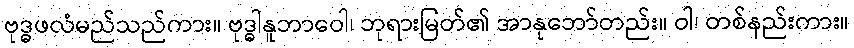
ဗုဒ္ဓဖလံမည်သည်ကား။ ဗုဒ္ဓါနူဘာဝေါ၊ ဘုရားမြတ်၏ အာနုဘော်တည်း။ ဝါ၊ တစ်နည်းကား။